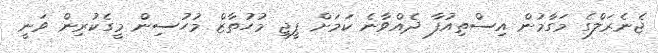
ޖެނެރަލްގެ މަގާމުން އިސްތިއުފާ ދެއްވާނެ ކަމަށް ޕީޖީ މުހުތާޒް މުހުސިން މީގެކުރިން ވަނީ